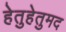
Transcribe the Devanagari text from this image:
हेतुहेतुमद